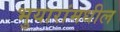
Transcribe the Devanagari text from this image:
भुयारांमधील